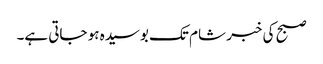
صبح کی خبر شام تک بوسیدہ ہو جاتی ہے۔